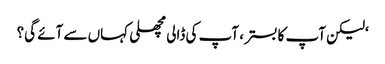
‘لیکن آپ کا بستر ، آپ کی ڈالی مچھلی کہاں سے آئے گی؟